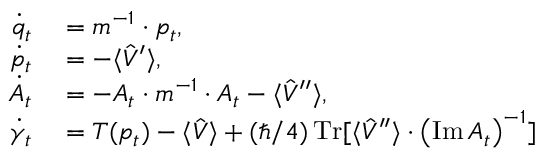
\begin{array} { r l } { \dot { q } _ { t } } & { { } = m ^ { - 1 } \cdot p _ { t } , } \\ { \dot { p } _ { t } } & { { } = - \langle \hat { V } ^ { \prime } \rangle , } \\ { \dot { A } _ { t } } & { { } = - A _ { t } \cdot m ^ { - 1 } \cdot A _ { t } - \langle \hat { V } ^ { \prime \prime } \rangle , } \\ { \dot { \gamma } _ { t } } & { { } = T ( p _ { t } ) - \langle \hat { V } \rangle + ( \hbar / 4 ) \operatorname * { T r } [ \langle \hat { V } ^ { \prime \prime } \rangle \cdot \left( \operatorname { I m } A _ { t } \right) ^ { - 1 } ] } \end{array}